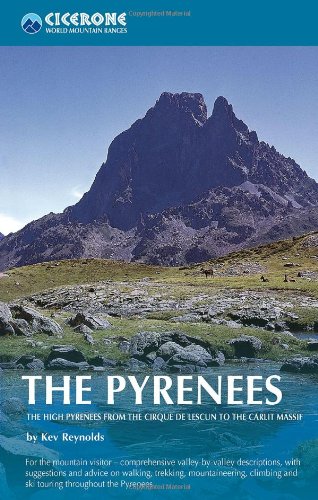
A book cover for The Pyrenees (Cicerone Mountain Guides series); Kev Reynolds; Sports & Outdoors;